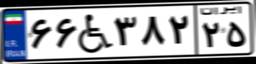
۶۶W۳۸۲۲۵